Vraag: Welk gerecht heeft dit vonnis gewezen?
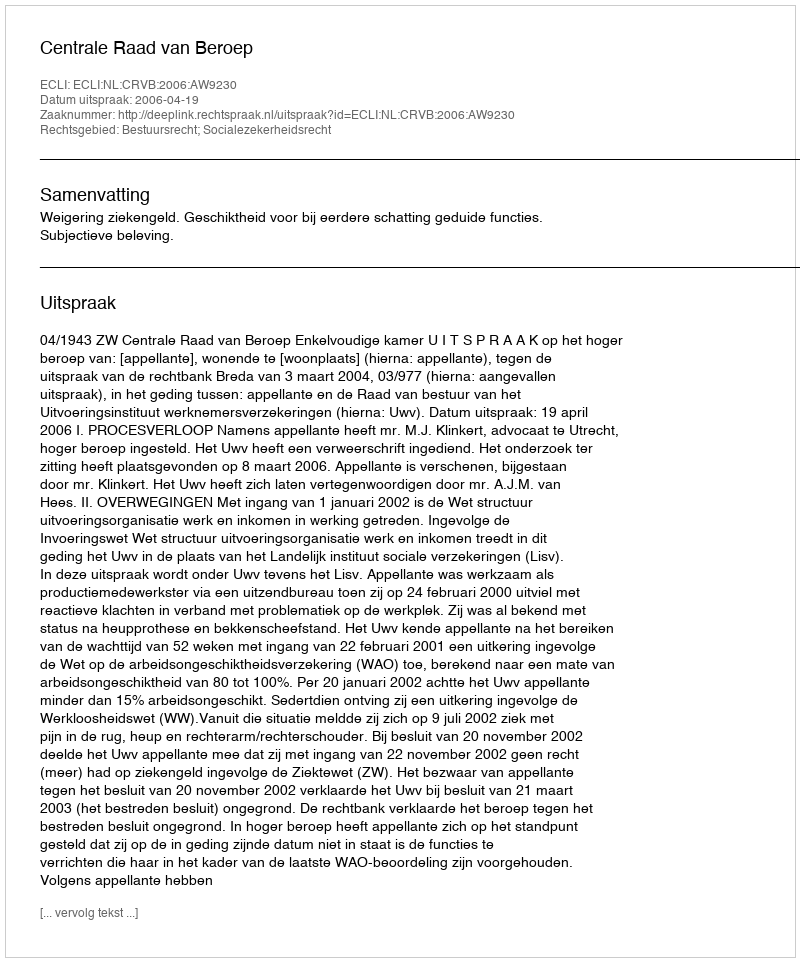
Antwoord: Centrale Raad van Beroep